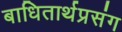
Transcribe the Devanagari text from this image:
बाधितार्थप्रसंग